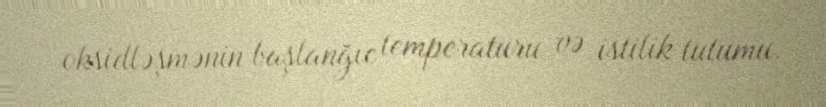
oksidləşmənin başlanğıc temperaturu və istilik tutumu.